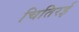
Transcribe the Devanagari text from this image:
चितिरई